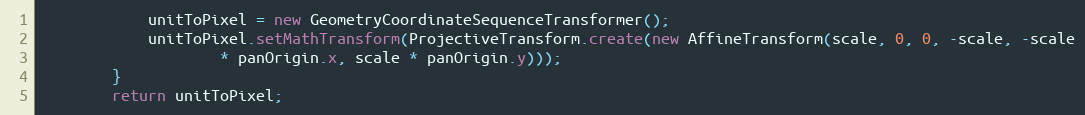
Language: Java
			unitToPixel = new GeometryCoordinateSequenceTransformer();
			unitToPixel.setMathTransform(ProjectiveTransform.create(new AffineTransform(scale, 0, 0, -scale, -scale
					* panOrigin.x, scale * panOrigin.y)));
		}
		return unitToPixel;